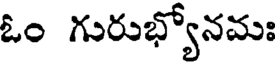
ఓం గురుభ్యోనమః